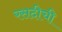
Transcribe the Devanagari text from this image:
रसदीची